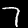
Label: 7